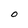
Character: O